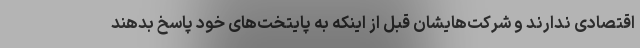
اقتصادی ندارند و شرکت‌هایشان قبل از اینکه به پایتخت‌های خود پاسخ بدهند